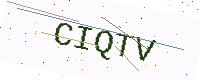
Text: CIQTV